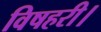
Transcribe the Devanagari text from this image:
विषहरी।